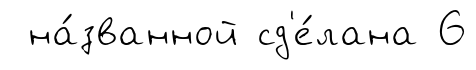
на́званной сд'е́лана 6